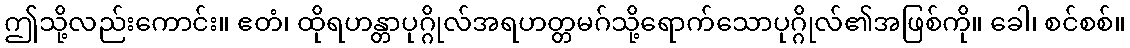
ဤသို့လည်းကောင်း။ ဧတံ၊ ထိုရဟန္တာပုဂ္ဂိုလ်အရဟတ္တမဂ်သို့ရောက်သောပုဂ္ဂိုလ်၏အဖြစ်ကို။ ခေါ၊ စင်စစ်။